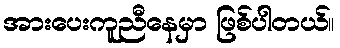
အားပေးကူညီနေမှာ ဖြစ်ပါတယ်။